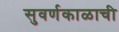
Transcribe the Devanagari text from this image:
सुवर्णकाळाची